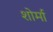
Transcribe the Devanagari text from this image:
शोर्मा